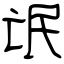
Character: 氓